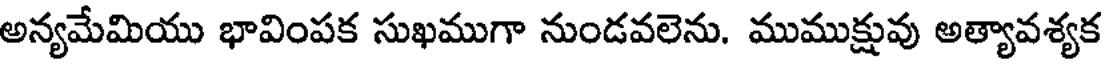
అన్యమేమియు భావింపక సుఖముగా నుండవలెను. ముముక్షువు అత్యావశ్యక